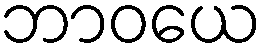
ဘာဝယေ